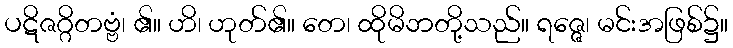
ပဋိဇဂ္ဂိတဗ္ဗံ၊ ၏။ ဟိ၊ ဟုတ်၏။ တေ၊ ထိုမိဘတို့သည်။ ရဇ္ဇေ၊ မင်းအဖြစ်၌။